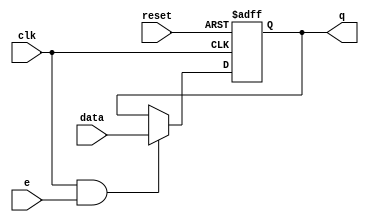
`timescale 1ns/1ps
//CsC 142 Section 02
//Project 2: MultiCycle Datapath and Control Unit
//March 09, 2019
module register(data, q, e, clk, reset);
input clk, reset, e;
input[7:0] data;
output[7:0] q;
reg[7:0] q;

always @(posedge clk, posedge reset)
begin
	if(reset == 1)
		q <= 8'h00;
	else if(clk ==1 && e == 1)
		q <= data;	
end
endmodule